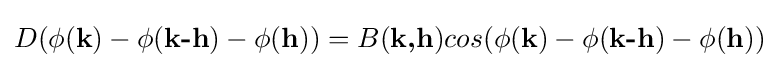
D(\phi ({\textbf {k}})-\phi ({\textbf {k-h}})-\phi ({\textbf {h}}))=B({\textbf {k,h}})cos(\phi ({\textbf {k}})-\phi ({\textbf {k-h}})-\phi ({\textbf {h}}))